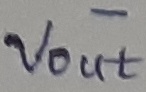
Text: -Vout